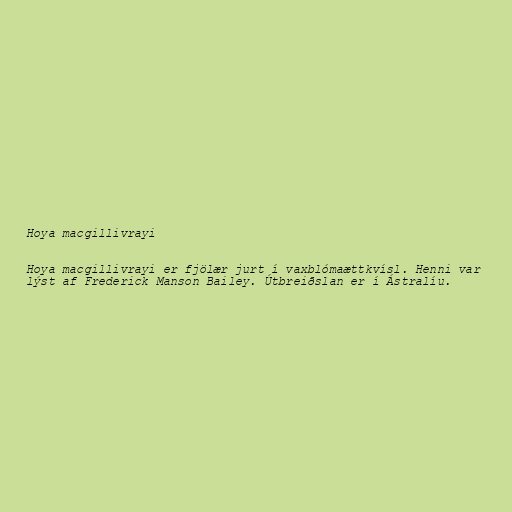
Hoya macgillivrayi

Hoya macgillivrayi er fjölær jurt í vaxblómaættkvísl. Henni var
lýst af Frederick Manson Bailey. Útbreiðslan er í Ástralíu.